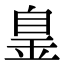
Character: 𦤐